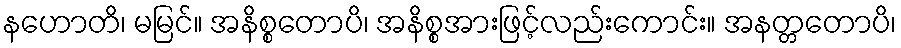
နဟောတိ၊ မမြင်။ အနိစ္စတောပိ၊ အနိစ္စအားဖြင့်လည်းကောင်း။ အနတ္တတောပိ၊